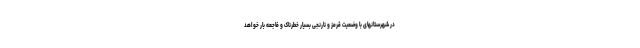
در شهرستانهای با وضعیت قرمز و نارنجی بسیار خطرناک و فاجعه بار خواهد